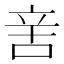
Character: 㖖